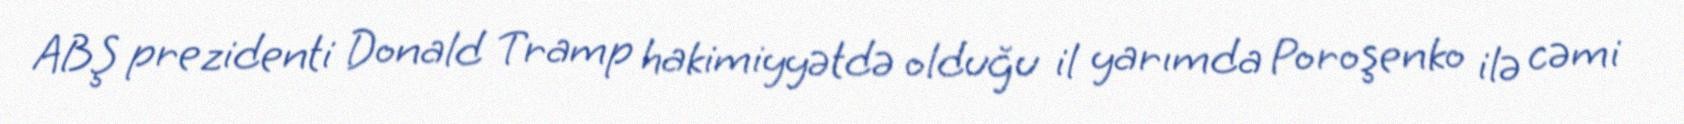
ABŞ prezidenti Donald Tramp hakimiyyətdə olduğu il yarımda Poroşenko ilə cəmi